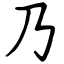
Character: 乃